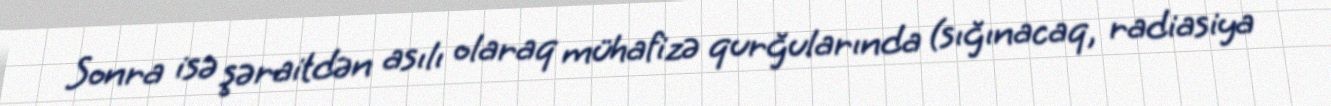
Sonra isə şəraitdən asılı olaraq mühafizə qurğularında (sığınacaq, radiasiya